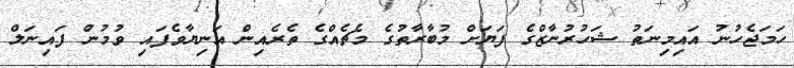
ހަމަޖެހުނު އައިމިނަތު ޝަހުރުނާޒްގެ ފަޔަށް މުބާރާތުގެ މެޗެއްގެ ތެރެއިން އަނިޔާވެފައި ވުމުން ފައިނަލް